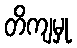
တိကျမှု